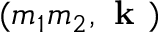
( m _ { 1 } m _ { 2 } , \textbf { k } )